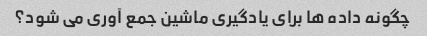
چگونه داده ها برای یادگیری ماشین جمع آوری می شود؟